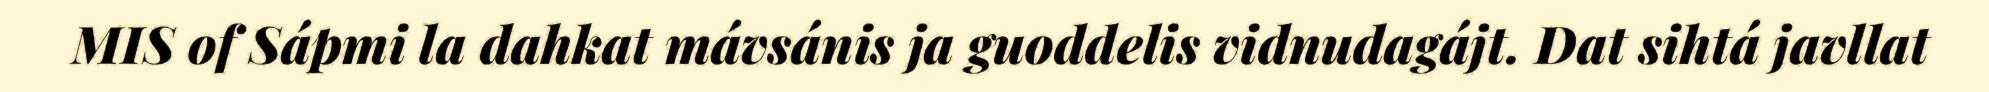
MIS of Sápmi la dahkat mávsánis ja guoddelis vidnudagájt. Dat sihtá javllat